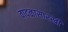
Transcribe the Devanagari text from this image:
वादळासारखी